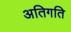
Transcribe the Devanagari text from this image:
अतिगति